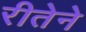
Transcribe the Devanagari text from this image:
रीतेने